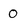
Character: 0